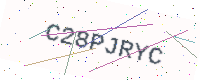
Text: C28PJRYC